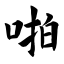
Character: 啪